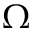
\Omega